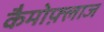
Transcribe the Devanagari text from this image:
कैमोफ़्लाज